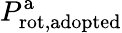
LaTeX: P_{\mathrm{rot,adopted}}^{\mathrm{a}}